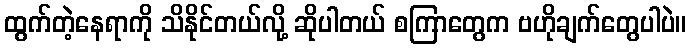
ထွက်တဲ့နေရာကို သိနိုင်တယ်လို့ ဆိုပါတယ် စကြာတွေက ဗဟိုချက်တွေပါပဲ။